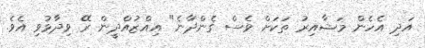
އަދި އެހެން މަޝާއިރު ތަކަށް ވެސް ގެންދާނެ" އިއްޒުއްދީން ރޭ ވިދާޅުވި އެވެ.